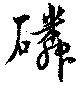
磷